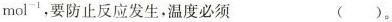
mol^{-1},要 防止反应发生，温度必须